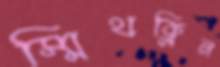
স্মিথক্লিন